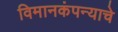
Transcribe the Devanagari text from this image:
विमानकंपन्याचे